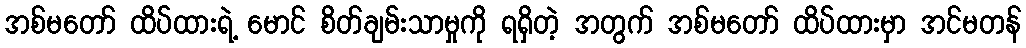
အစ်မတော် ထိပ်ထားရဲ့ မောင် စိတ်ချမ်းသာမှုကို ရရှိတဲ့ အတွက် အစ်မတော် ထိပ်ထားမှာ အင်မတန်